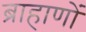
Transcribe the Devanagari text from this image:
ब्राहाणों